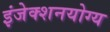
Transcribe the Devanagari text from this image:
इंजेक्शनयोग्य